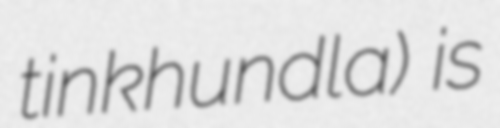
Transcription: tinkhundla) is